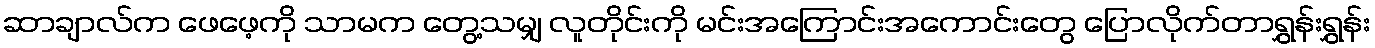
ဆာချာလ်က ဖေဖေ့ကို သာမက တွေ့သမျှ လူတိုင်းကို မင်းအကြောင်းအကောင်းတွေ ပြောလိုက်တာရွှန်းရွှန်း